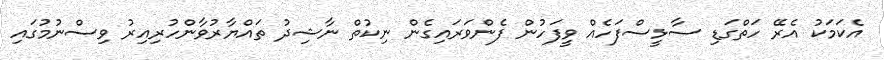
އެކަމަކު އެރޭ ހަތްގަޑި ސާޅީސްފަހެއް ވީފަހުން ފެންވަރައިގެން ނިކުތް ނާޝިދު ތައްޔާރުވާންހުރިއިރު ވިސްނުމުގައި